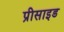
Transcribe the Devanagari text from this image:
प्रीसाइड